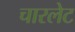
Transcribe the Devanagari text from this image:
चारलेट